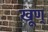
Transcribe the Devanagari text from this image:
खूण्